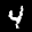
Label: 4